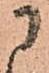
に